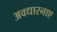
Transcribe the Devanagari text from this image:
अवधारनाए